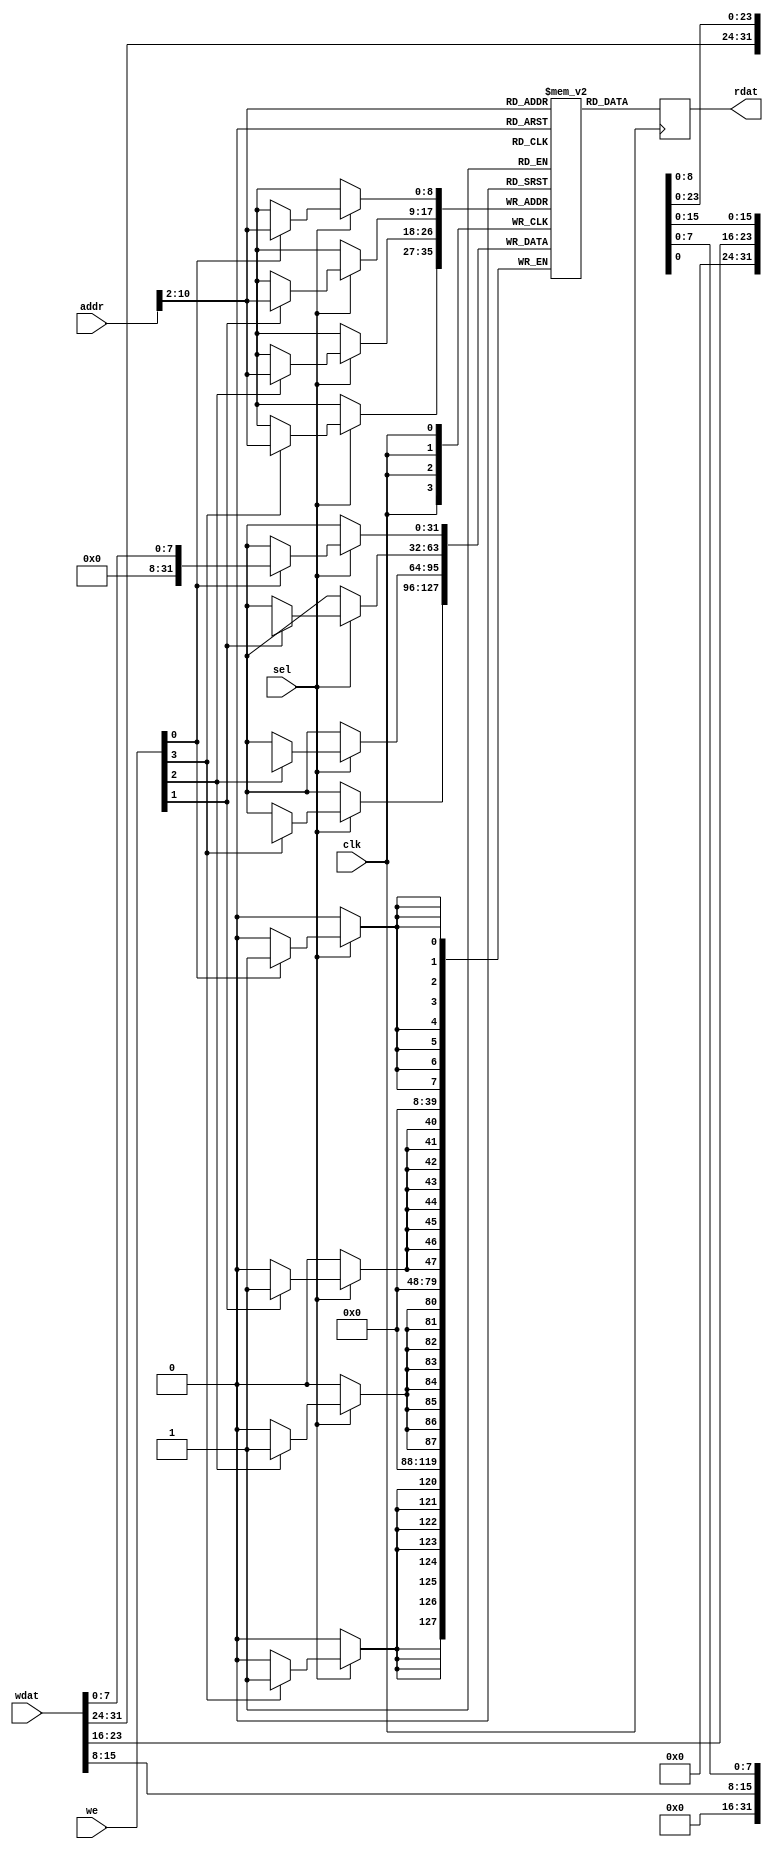
/*
 * bram_512x32.v - byte-addressable RAM in block ram
 * 07-01-19 E. Brombaugh
 */
 
`default_nettype none

module bram_512x32(
	input clk,
	input sel,
	input [3:0] we,
	input [10:0] addr,
	input [31:0] wdat,
	output reg [31:0] rdat
);
	// memory
	reg [31:0] ram[511:0];
	
	// write logic
	always @(posedge clk)
		if(sel)
		begin
			if(we[0])
				ram[addr[10:2]][7:0] <= wdat[7:0];
			if(we[1])
				ram[addr[10:2]][15:8] <= wdat[15:8];
			if(we[2])
				ram[addr[10:2]][23:16] <= wdat[23:16];
			if(we[3])
				ram[addr[10:2]][31:24] <= wdat[31:24];
		end
	
	// read logic
	always @(posedge clk)
		rdat <= ram[addr[10:2]];

endmodule